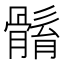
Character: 𩩼